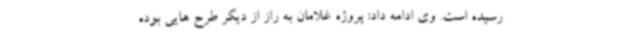
رسیده است. وی ادامه داد: پروژه غلامان به راز از دیگر طرح هایی بوده